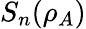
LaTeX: S_{n}(\rho_{A})